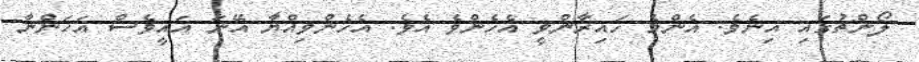
ލޯންޗުގައި އިނެވެ. އެންމެ ހައިރާންވީ އެހެންވެ އެވެ. އެހެންވިއްޔާ އޭނަ އައީވެސް އަހަންނާ